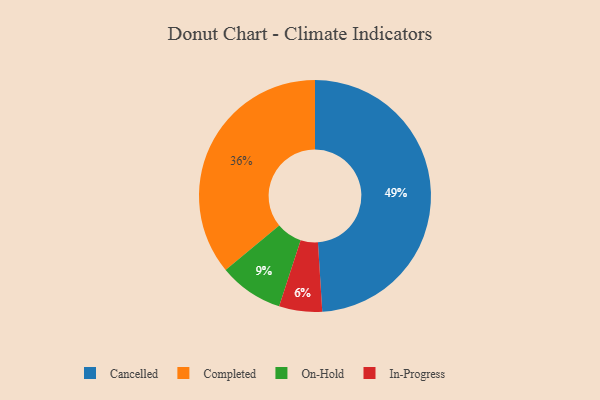
{"axis": {"x": "Category", "y": "Percentage"}, "legend": ["Cancelled", "Completed", "In-Progress", "On-Hold"], "data": [{"x": "Cancelled", "y": 49, "type": "Cancelled"}, {"x": "In-Progress", "y": 6, "type": "In-Progress"}, {"x": "On-Hold", "y": 9, "type": "On-Hold"}, {"x": "Completed", "y": 36, "type": "Completed"}]}